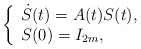
\begin{align*}\left\{\begin{array}{l}\dot{S}(t) = A(t) S(t),\\S(0)=I_{2m},\end{array}\right.\end{align*}